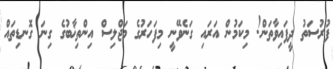
ފުރުސަތު ދީފައިވާތަން! މިކަމުން އަރައި ގަނެވޭނީ މިފަހަރުގެ މަޖްލިސް އިންތިޚާބުގެ ގިނަ ގޮނޑިތައް